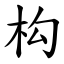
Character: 构